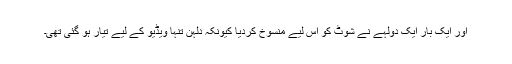
اور ایک بار ایک دولہے نے شوٹ کو اس لیے منسوخ کردیا کیونکہ دلہن تنہا ویڈیو کے لیے تیار ہو گئی تھی۔